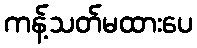
ကန့်သတ်မထားပေ